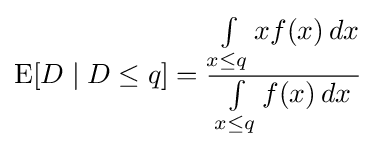
\operatorname {E} [D\mid D\leq q]={\frac {\int \limits _{x\leq q}xf(x)\,dx}{\int \limits _{x\leq q}f(x)\,dx}}